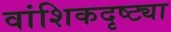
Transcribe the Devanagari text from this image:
वांशिकदृष्ट्या